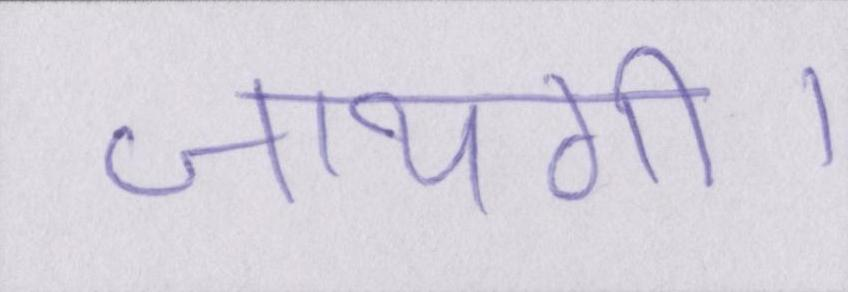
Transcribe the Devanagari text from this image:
जायगी।